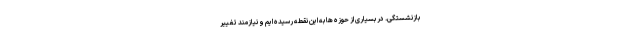
بازنشستگی. در بسیاری از حوزه ها به این نقطه رسیده ایم و نیازمند تغییر